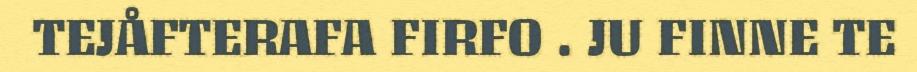
TEJÅFTERAFA FIRFO . JU FINNE TE